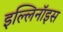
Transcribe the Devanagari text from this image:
इल्लिनॉइस